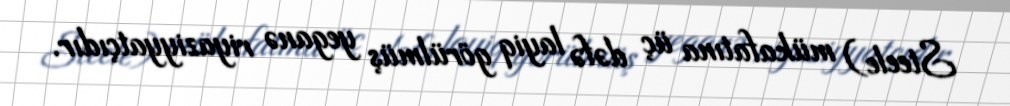
Steele) mükafatına üç dəfə layiq görülmüş yeganə riyaziyyatçıdır.